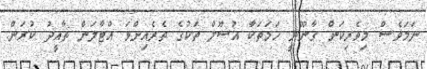
ނަމަވެސް މިވެރިކަން ގާނޫނީ ހަމަތަކާ އުސޫލް ތަކުގެ ތެެރެއިންވަ އްޓާލަން ތާއީދު ކުރަން.